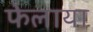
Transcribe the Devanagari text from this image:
फेलाया